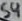
Text: S4